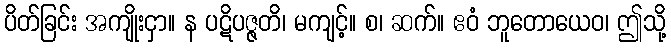
ပိတ်ခြင်း အကျိုးငှာ။ န ပဋိပဇ္ဇတိ၊ မကျင့်။ စ၊ ဆက်။ ဧဝံ ဘူတောယေဝ၊ ဤသို့